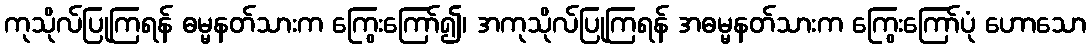
ကုသိုလ်ပြုကြရန် ဓမ္မနတ်သားက ကြွေးကြော်၍၊ အကုသိုလ်ပြုကြရန် အဓမ္မနတ်သားက ကြွေးကြော်ပုံ ဟောသော